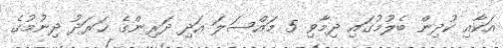
އަކާއި ކުދިން ބެލުމުގައި ދިމާވި 5 މައްސަލަ އަދި ދަރިންގެ ޚަރަދު ދިނުމުގެ